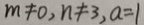
m \neq 0 , n \neq 3 , a = 1